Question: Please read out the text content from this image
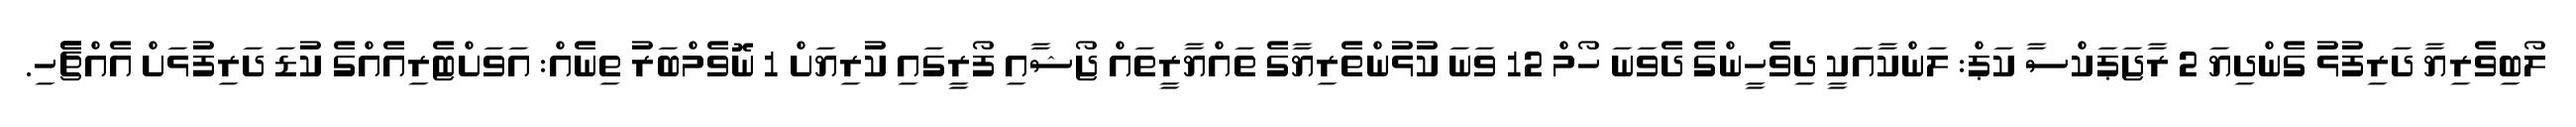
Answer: ލޯބިވެރިޔާ ދަރިފުޅު ގެންދިޔަ 2 ރާޖަޕަކްސާ ކަޕް: ލަންކާއަކީ ދިވެހީންގެ ދެވަނަ ހޯމް 12 ވަނަ ކުޅުންތެރިޔާގެ ތައްޔާރީތައް ޖޯޝާއި ފޯރީގައި ކުރިޔަށް 1 ނޮވެމްބަރު ތިނެއް: އަވަށްޓެރިއެއްގެ ކުޑަ ދަރިފުޅަށް އެއްޗެެހި.